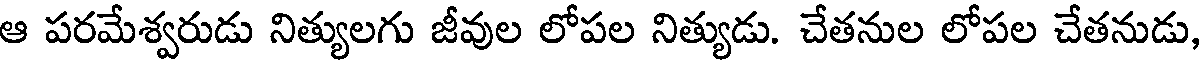
ఆ పరమేశ్వరుడు నిత్యులగు జీవుల లోపల నిత్యుడు. చేతనుల లోపల చేతనుడు,